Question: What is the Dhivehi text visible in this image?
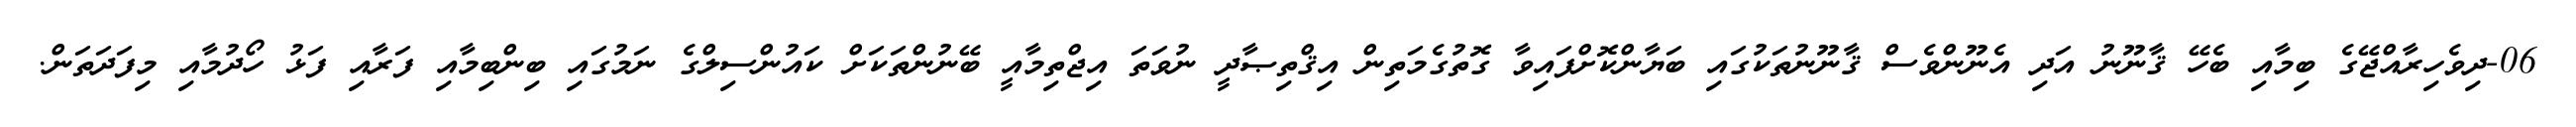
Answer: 06-ދިވެހިރާއްޖޭގެ ބިމާއި ބެހޭ ޤާނޫނު އަދި އެނޫންވެސް ޤާނޫނުތަކުގައި ބަޔާންކޮށްފައިވާ ގޮތުގެމަތިން އިޤްތިޞާދީ ނުވަތަ އިޖްތިމާއީ ބޭނުންތަކަށް ކައުންސިލްގެ ނަމުގައި ބިންބިމާއި ފަރާއި ފަޅު ހޯދުމާއި މިފަދަތަން.